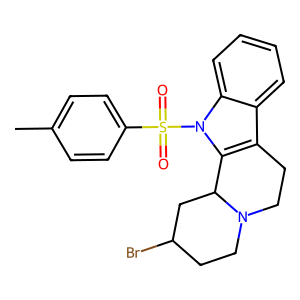
SMILES: Cc1ccc(S(=O)(=O)n2c3c(c4ccccc42)CCN2CCC(Br)CC32)cc1
Inhibits HIV replication: No